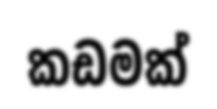
කඩමක්